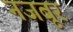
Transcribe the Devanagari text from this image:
नजबूर